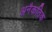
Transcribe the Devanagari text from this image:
अनैकतिक